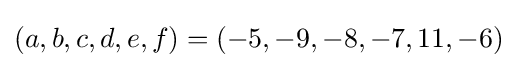
(a,b,c,d,e,f)=(-5,-9,-8,-7,11,-6)